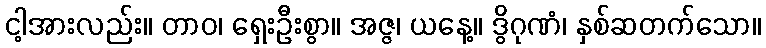
ငါ့အားလည်း။ တာဝ၊ ရှေးဦးစွာ။ အဇ္ဇ၊ ယနေ့။ ဒွိဂုဏံ၊ နှစ်ဆတက်သော။